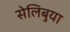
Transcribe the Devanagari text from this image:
सेलिबुया